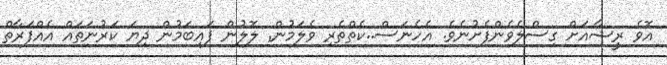
އޮވެ ރީޝާއަށް ގިސްލެވެންފެށުނެވެ. އެހެނަސް..ކެތްތެރި ވެލަމުން